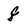
Character: 8